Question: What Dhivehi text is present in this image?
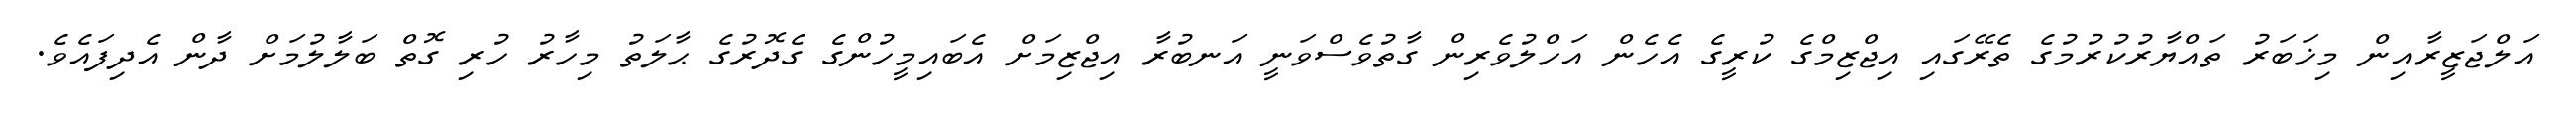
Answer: އަލްޖަޒީރާއިން މިޚަބަރު ތައްޔާރުކުރުމުގެ ތެރޭގައި އިޖްޒިމްގެ ކުރީގެ އެހެން އަހްލުވެރިން ގާތުވެސްވަނީ އަނބުރާ އިޖްޒިމަށް އެބައިމީހުންގެ ގެދޮރުގެ ޙާލަތު މިހާރު ހުރި ގޮތް ބަލާލުމަށް ދާން އެދިފައެވެ.